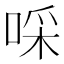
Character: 啋